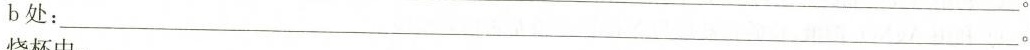
b处：___。